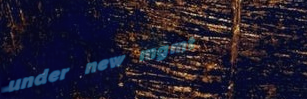
under new mgmt